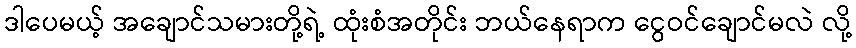
ဒါပေမယ့် အချောင်သမားတို့ရဲ့ ထုံးစံအတိုင်း ဘယ်နေရာက ငွေဝင်ချောင်မလဲ လို့